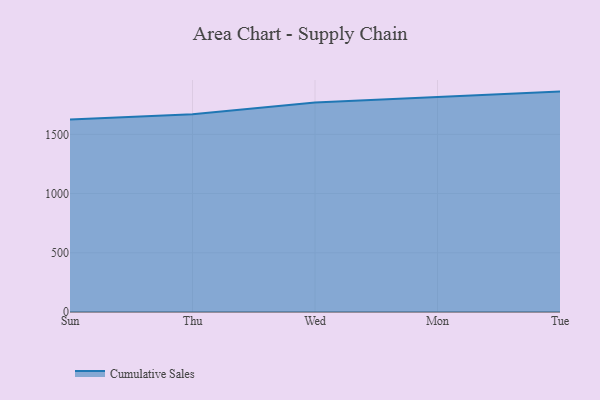
{"axis": {"x": "Day", "y": "Conversion Rate (%)"}, "legend": ["Cumulative Sales"], "data": [{"x": "Sun", "y": 1625.4, "type": "Cumulative Sales"}, {"x": "Thu", "y": 1670.4, "type": "Cumulative Sales"}, {"x": "Wed", "y": 1769.8, "type": "Cumulative Sales"}, {"x": "Mon", "y": 1815.4, "type": "Cumulative Sales"}, {"x": "Tue", "y": 1861.3, "type": "Cumulative Sales"}]}